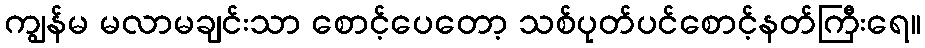
ကျွန်မ မလာမချင်းသာ စောင့်ပေတော့ သစ်ပုတ်ပင်စောင့်နတ်ကြီးရေ။